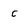
Character: C